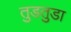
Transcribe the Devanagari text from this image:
तुडतुडा